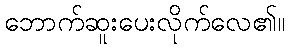
ဘောက်ဆူးပေးလိုက်လေ၏။